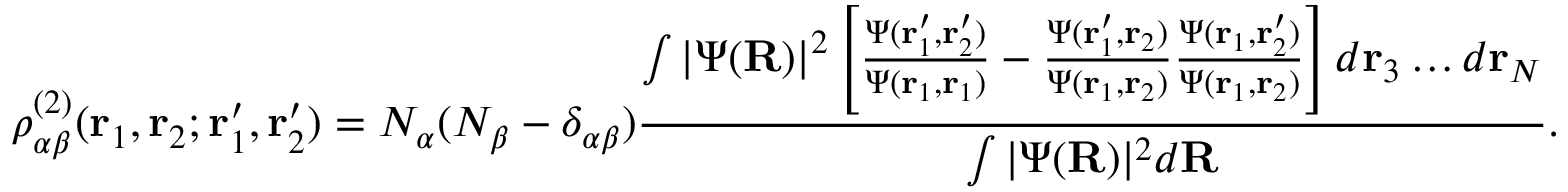
\rho _ { \alpha \beta } ^ { ( 2 ) } ( \mathbf { r } _ { 1 } , \mathbf { r } _ { 2 } ; \mathbf { r } _ { 1 } ^ { \prime } , \mathbf { r } _ { 2 } ^ { \prime } ) = N _ { \alpha } ( N _ { \beta } - \delta _ { \alpha \beta } ) \frac { \int | \Psi ( \mathbf { R } ) | ^ { 2 } \left[ \frac { \Psi ( \mathbf { r } _ { 1 } ^ { \prime } , \mathbf { r } _ { 2 } ^ { \prime } ) } { \Psi ( \mathbf { r } _ { 1 } , \mathbf { r } _ { 1 } ) } - \frac { \Psi ( \mathbf { r } _ { 1 } ^ { \prime } , \mathbf { r } _ { 2 } ) } { \Psi ( \mathbf { r } _ { 1 } , \mathbf { r } _ { 2 } ) } \frac { \Psi ( \mathbf { r } _ { 1 } , \mathbf { r } _ { 2 } ^ { \prime } ) } { \Psi ( \mathbf { r } _ { 1 } , \mathbf { r } _ { 2 } ) } \right] d \mathbf { r } _ { 3 } \dots d \mathbf { r } _ { N } } { \int | \Psi ( \mathbf { R } ) | ^ { 2 } d \mathbf { R } } .